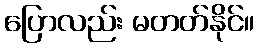
ပြောလည်း မတတ်နိုင်။